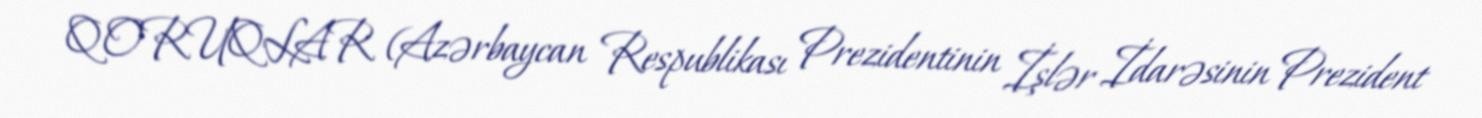
QORUQLAR (Azərbaycan Respublikası Prezidentinin İşlər İdarəsinin Prezident